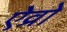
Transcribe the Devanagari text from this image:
ऐव्रो